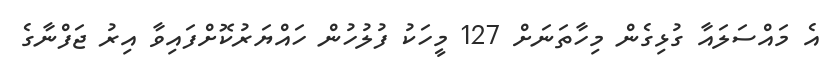
އެ މައްސަލައާ ގުޅިގެން މިހާތަނަށް 127 މީހަކު ފުލުހުން ހައްޔަރުކޮށްފައިވާ އިރު ޖަފްނާގެ